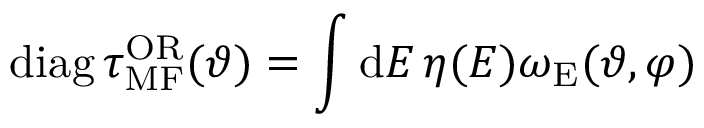
\mathrm { d i a g } \, \tau _ { \mathrm { M F } } ^ { \mathrm { O R } } ( \vartheta ) = \int \mathrm { d } E \, \eta ( E ) \omega _ { \mathrm { E } } ( \vartheta , \varphi )